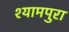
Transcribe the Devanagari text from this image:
श्यामपुरा